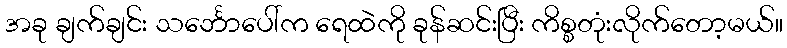
အခု ချက်ချင်း သင်္ဘောပေါ်က ရေထဲကို ခုန်ဆင်းပြီး ကိစ္စတုံးလိုက်တော့မယ်။